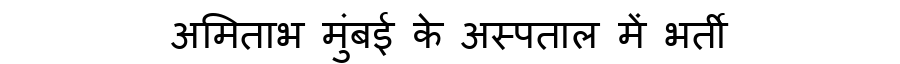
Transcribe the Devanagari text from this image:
अमिताभ मुंबई के अस्पताल में भर्ती